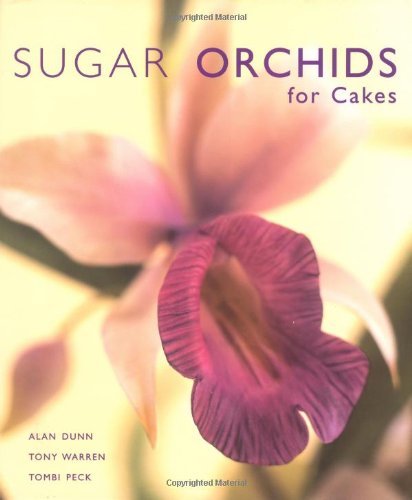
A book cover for Sugar Orchids for Cakes (Sugarcraft and Cakes for All Occasions); Alan Dunn; Cookbooks, Food & Wine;